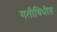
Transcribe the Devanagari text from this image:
गतीविधीत